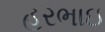
હરભાઇ